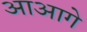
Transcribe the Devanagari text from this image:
आआगे